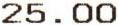
25.00